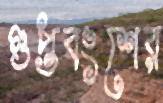
গুপ্তবংশের